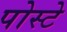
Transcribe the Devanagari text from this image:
पोस्टे